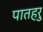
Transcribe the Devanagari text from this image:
पातहरु